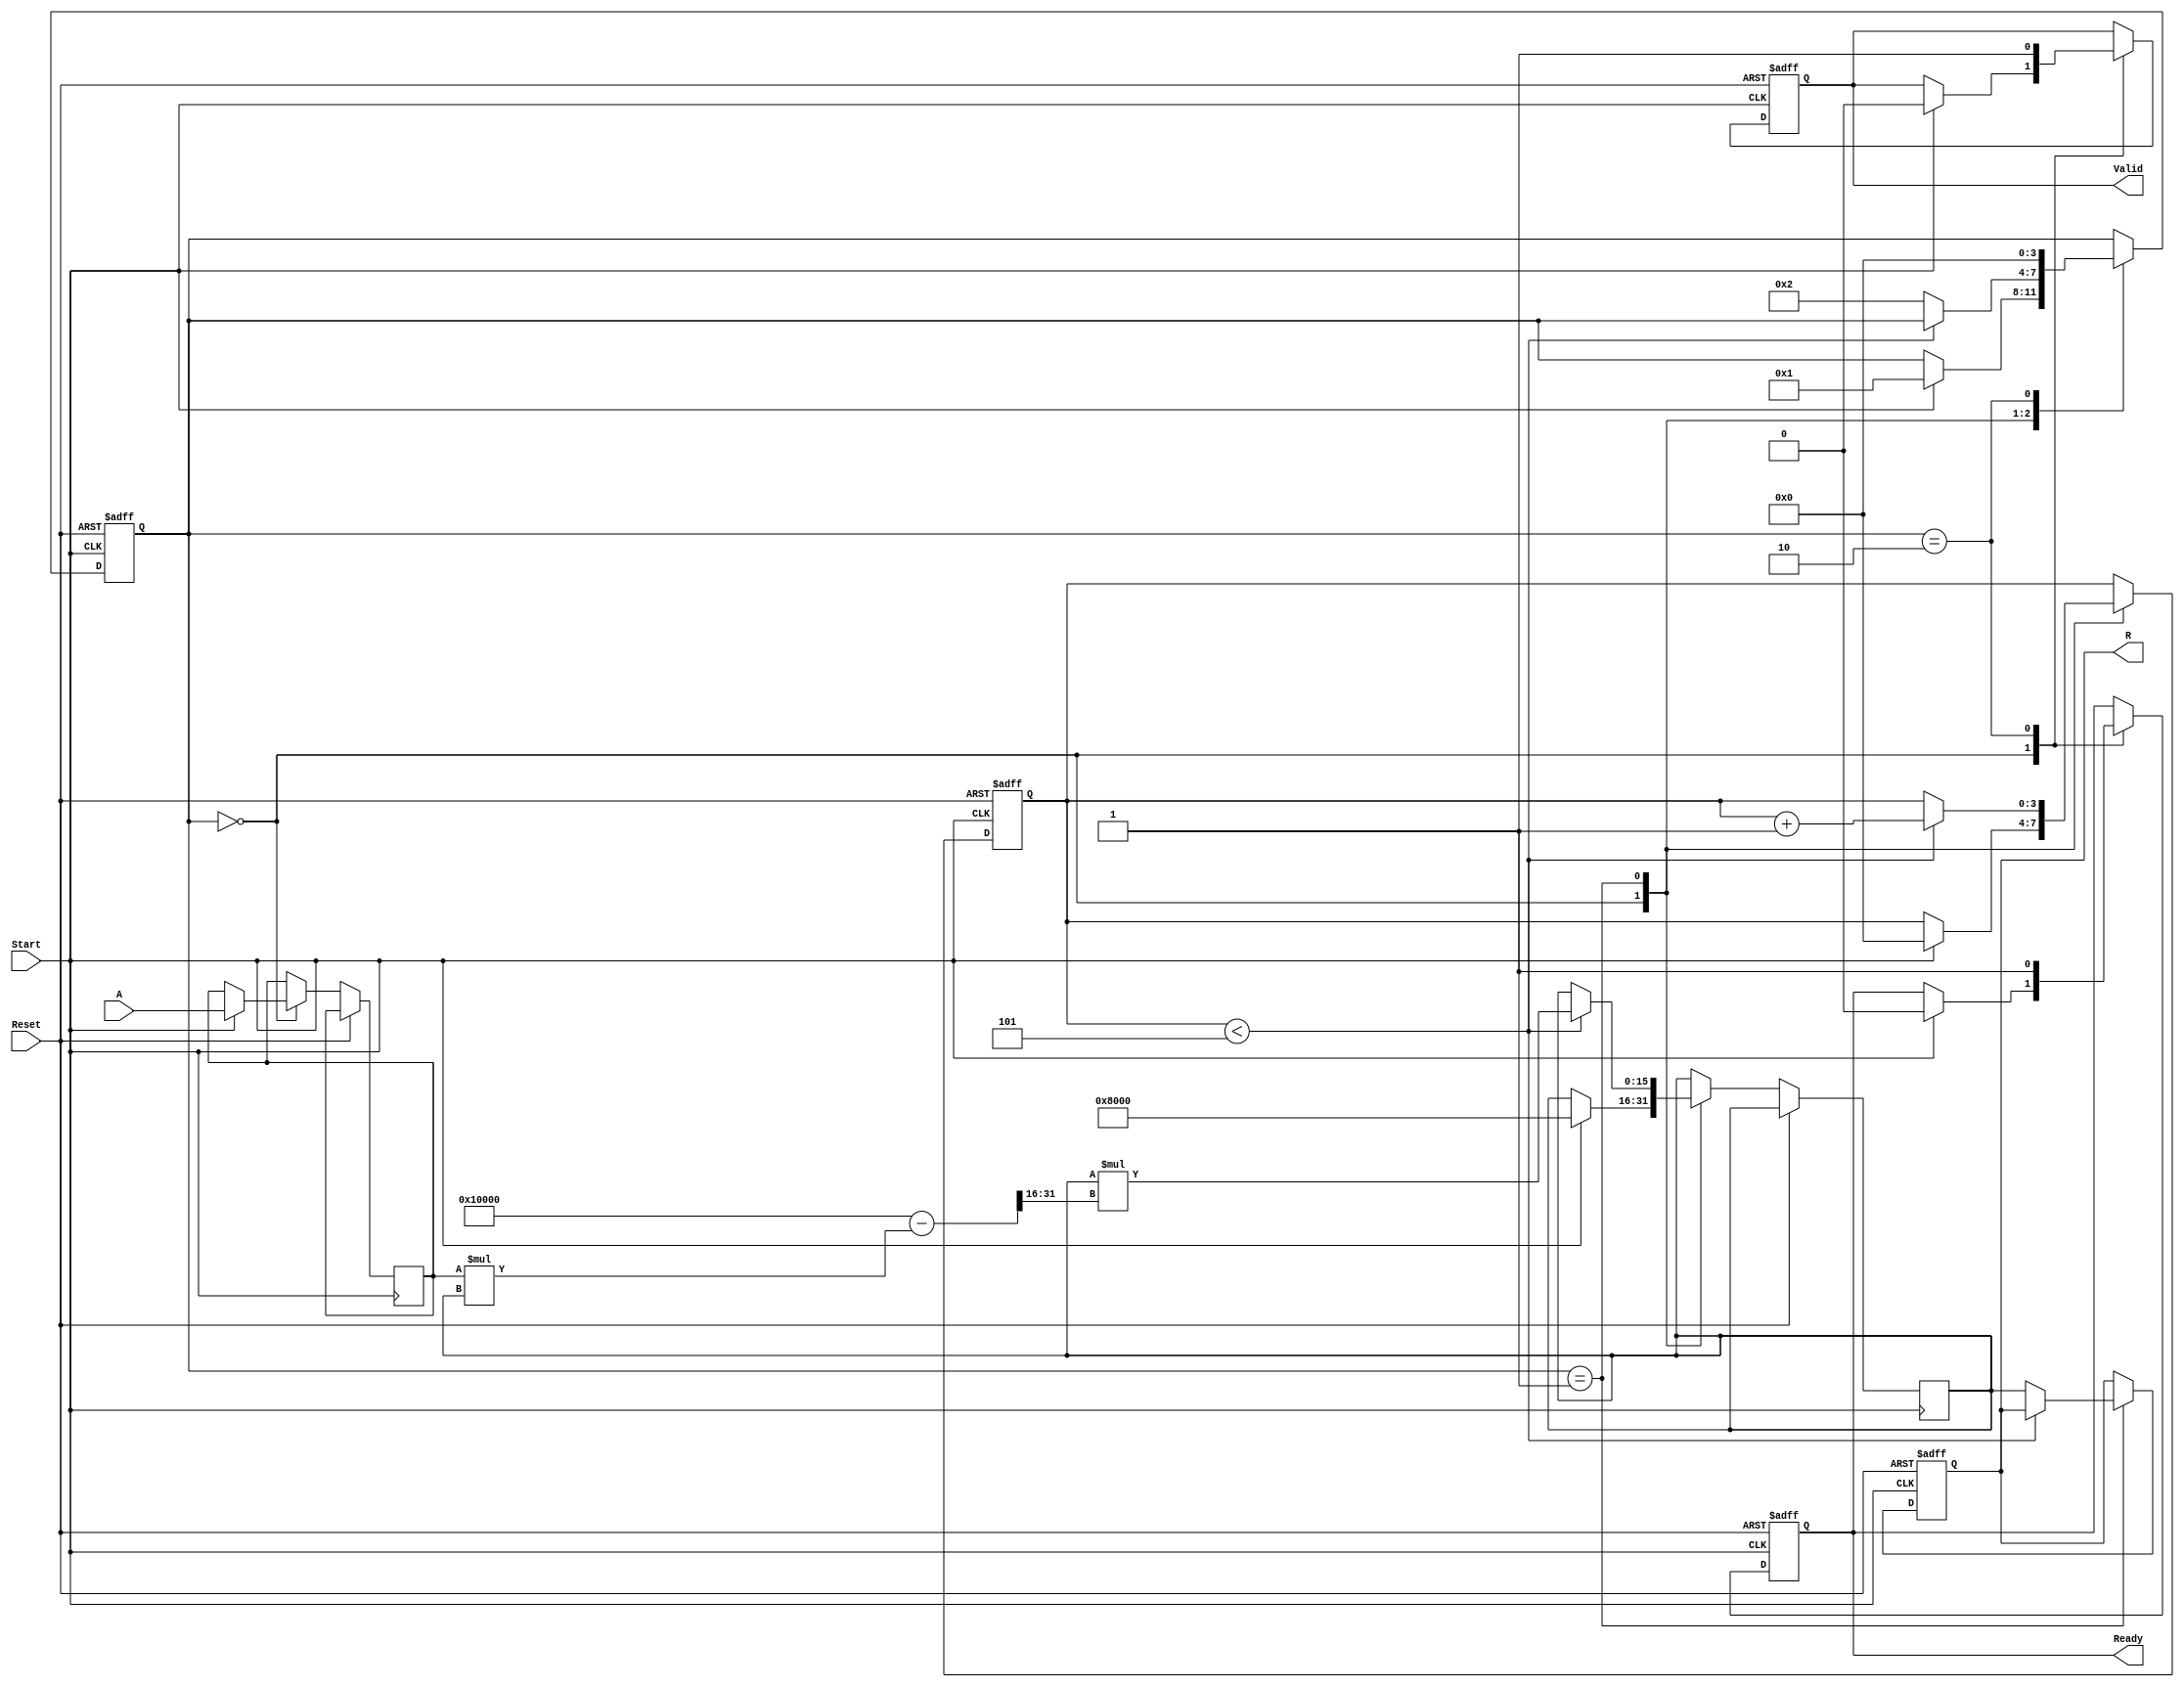
module RUnit #(
    parameter N = 16,  // Width of the input and output
    parameter ITERATIONS = 5 // Number of iterations for Newton-Raphson
)(
    input  wire [N-1:0] A,       // Input value
    input  wire Start,            // Start signal
    input  wire Reset,            // Reset signal
    output reg  [N-1:0] R,        // Output reciprocal
    output reg  Valid,            // Output valid signal
    output reg  Ready             // Ready for new input
);

    // Internal signals
    reg [N-1:0] input_reg;        // Register for input
    reg [N-1:0] approx;           // Approximation of the reciprocal
    reg [3:0] state;              // State machine
    reg [3:0] count;              // Iteration counter

    // State encoding
    localparam IDLE      = 4'b0000;
    localparam COMPUTING = 4'b0001;
    localparam OUTPUT    = 4'b0010;

    // State machine
    always @(posedge Reset or posedge Start) begin
        if (Reset) begin
            state <= IDLE;
            R <= 0;
            Valid <= 0;
            Ready <= 1;
            count <= 0;
        end else begin
            case (state)
                IDLE: begin
                    if (Start) begin
                        input_reg <= A;
                        approx <= {1'b1, {N-1{1'b0}}}; // Initial approximation: 1 (fixed-point)
                        count <= 0;
                        state <= COMPUTING;
                        Valid <= 0;
                        Ready <= 0;
                    end
                end

                COMPUTING: begin
                    if (count < ITERATIONS) begin
                        // Newton-Raphson iteration: x(n+1) = x(n) * (2 - A * x(n))
                        approx <= approx * (2**N - (input_reg * approx) >> N);
                        count <= count + 1;
                    end else begin
                        R <= approx; // Store the final result
                        state <= OUTPUT;
                    end
                end

                OUTPUT: begin
                    Valid <= 1;  // Output is valid
                    Ready <= 1;  // Ready for new input
                    state <= IDLE; // Return to IDLE state
                end

            endcase
        end
    end

endmodule